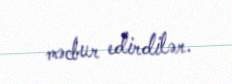
məcbur edirdilər.